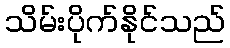
သိမ်းပိုက်နိုင်သည်